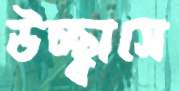
উচ্ছ্বাসে